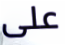
على